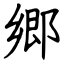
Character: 郷